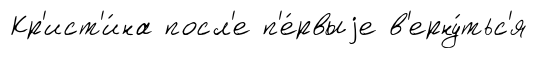
Кр'ист'и́на посл'е п'е́рвыjе в'ерну́тьс'я